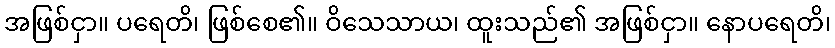
အဖြစ်ငှာ။ ပရေတိ၊ ဖြစ်စေ၏။ ဝိသေသာယ၊ ထူးသည်၏ အဖြစ်ငှာ။ နောပရေတိ၊